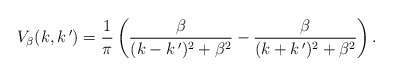
\begin{align*}V_{\beta}(k,k\,')=\frac{1}{\pi}\left(\frac{\beta}{(k-k\,')^2+\beta^2}-\frac{\beta}{(k+k\,')^2+\beta^2}\right).\end{align*}